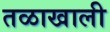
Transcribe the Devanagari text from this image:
तळाखाली